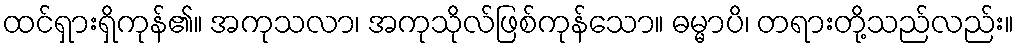
ထင်ရှားရှိကုန်၏။ အကုသလာ၊ အကုသိုလ်ဖြစ်ကုန်သော။ ဓမ္မာပိ၊ တရားတို့သည်လည်း။